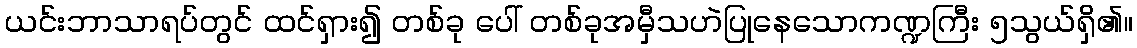
ယင်းဘာသာရပ်တွင် ထင်ရှား၍ တစ်ခု ပေါ် တစ်ခုအမှီသဟဲပြုနေသောကဏ္ဍကြီး ၅သွယ်ရှိ၏။